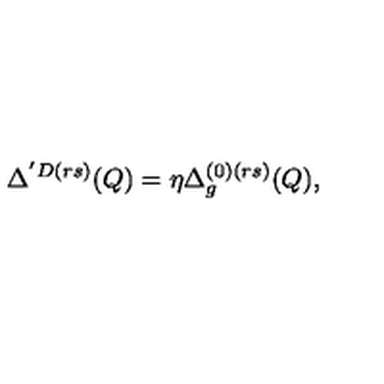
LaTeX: \Delta ^ { ' D ( r s ) } ( Q ) = \eta \Delta _ { g } ^ { ( 0 ) ( r s ) } ( Q ) ,